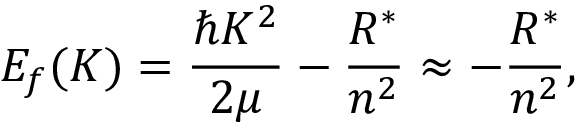
E _ { f } ( K ) = \frac { \hbar K ^ { 2 } } { 2 \mu } - \frac { R ^ { * } } { n ^ { 2 } } \approx - \frac { R ^ { * } } { n ^ { 2 } } ,